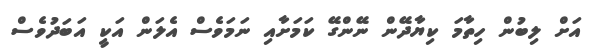
އަށް ލިބުން ހިތާމަ ކިޔާދޭން ނޭންގޭ ކަމަށާއި ނަމަވެސް އެލަން އަކީ އަބަދުވެސް